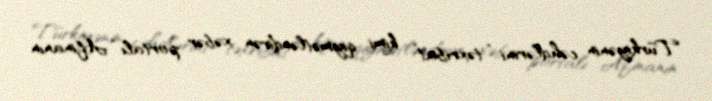
Türkiyənin cəhdlərini “təxribat” kimi qiymətləndirən xəbər portalı “Afinanın